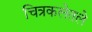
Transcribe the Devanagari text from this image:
चित्रकलेतले